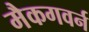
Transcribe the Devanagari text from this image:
मैकगवर्न